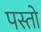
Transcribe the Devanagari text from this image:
पस्तो